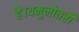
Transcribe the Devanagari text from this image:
है।यमुनोत्तरी